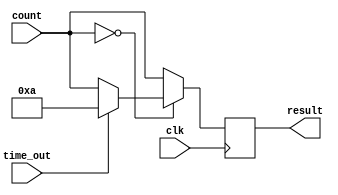
module check (count, time_out, result, clk);
	input [3:0] count;
	input clk;
	input time_out;
	output reg [3:0] result;
	always @ (posedge clk)
	begin
	if (count == 4'b0)
	begin
	if (time_out == 1'b1)
	begin
	result <= 4'd10;
	end
	else result <= count;
	end
	else result <= count;
	end
	endmodule